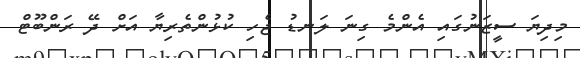
މިދިޔަ ސީޒަނުގައި އެންމެ ގިނަ ލަނޑު ޖެހި ކުޅުންތެރިޔާ އަށް ދޭ ރަންބޫޓް